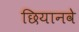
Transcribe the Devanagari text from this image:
छियानवे